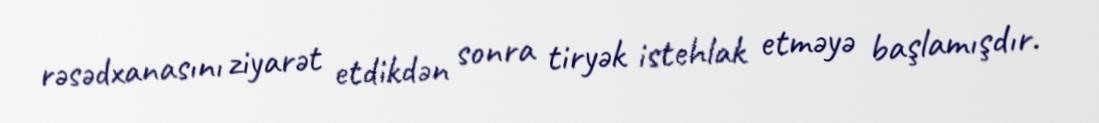
rəsədxanasını ziyarət etdikdən sonra tiryək istehlak etməyə başlamışdır.